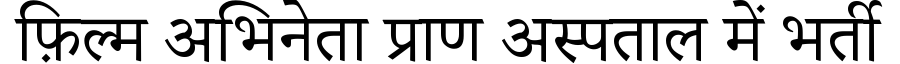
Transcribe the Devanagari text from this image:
फ़िल्म अभिनेता प्राण अस्पताल में भर्ती